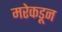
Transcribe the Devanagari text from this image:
मरेकडून